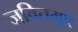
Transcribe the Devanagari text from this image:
जवितमूष